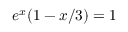
e ^ { x } ( 1 - x / 3 ) = 1